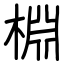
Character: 棩